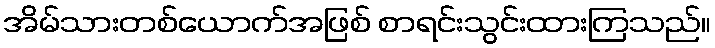
အိမ်သားတစ်ယောက်အဖြစ် စာရင်းသွင်းထားကြသည်။